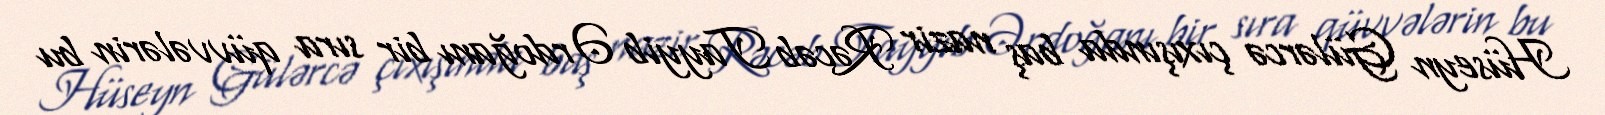
Hüseyn Gülərcə çıxışında baş nazir Rəcəb Tayyib Ərdoğanı bir sıra qüvvələrin bu